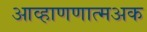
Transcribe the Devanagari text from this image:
आव्हाणणात्मअक